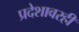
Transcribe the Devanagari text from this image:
प्रदेशावरही